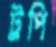
ট্রপি